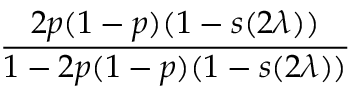
\frac { 2 p ( 1 - p ) ( 1 - { s ( 2 \lambda ) } ) } { 1 - 2 p ( 1 - p ) ( 1 - { s ( 2 \lambda ) } ) }